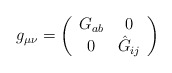
\begin{align*}g_{\mu\nu}= \left(\begin{array}{cc}G_{ab} & 0 \\0 & \hat{G}_{ij}\\\end{array}\right)\end{align*}